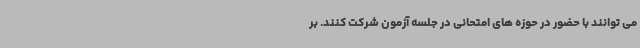
می توانند با حضور در حوزه های امتحانی در جلسه آزمون شرکت کنند. بر